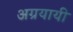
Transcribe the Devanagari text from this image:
अग्रयायी